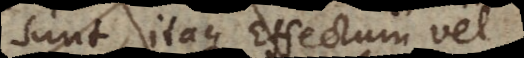
sunt, itaque Effectum vel